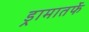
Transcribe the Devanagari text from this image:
ड्रामातर्फे